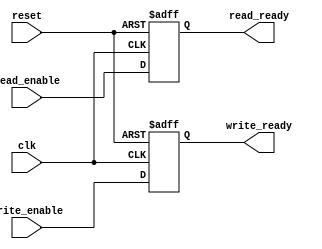
module timing_control_block (
    input wire clk,
    input wire reset,
    input wire read_enable,
    input wire write_enable,
    output reg read_ready,
    output reg write_ready
);

always @ (posedge clk or posedge reset) begin
    if (reset) begin
        read_ready <= 0;
        write_ready <= 0;
    end else begin
        read_ready <= read_enable;
        write_ready <= write_enable;
    end
end

endmodule